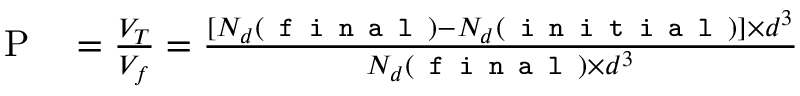
\begin{array} { r l } { \mathrm { P } } & { { } = \frac { V _ { T } } { V _ { f } } = \frac { [ N _ { d } ( \texttt { f i n a l } ) - N _ { d } ( \texttt { i n i t i a l } ) ] \times d ^ { 3 } } { N _ { d } ( \texttt { f i n a l } ) \times d ^ { 3 } } } \end{array}